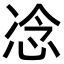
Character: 𫺇